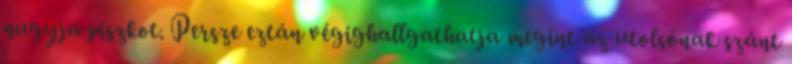
nagyja piszkot. Persze eztán végighallgathatja megint az utolsónak szánt